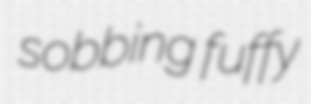
sobbing fuffy